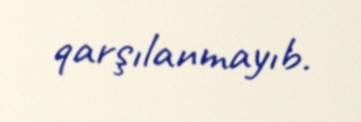
qarşılanmayıb.